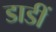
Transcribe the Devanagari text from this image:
डाडीं